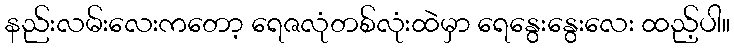
နည်းလမ်းလေးကတော့ ရေဇလုံတစ်လုံးထဲမှာ ရေနွေးနွေးလေး ထည့်ပါ။